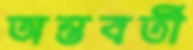
অন্তবর্তী